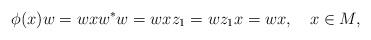
LaTeX: \begin{align*}\phi(x)w=wxw^*w=wxz_1=wz_1x=wx,\ \ \ x\in M,\end{align*}